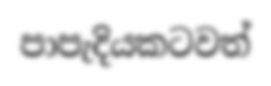
පාපැදියකටවත්